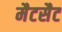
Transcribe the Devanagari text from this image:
मैटसैट